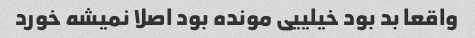
واقعا بد بود خیلییی مونده بود اصلا نمیشه خورد